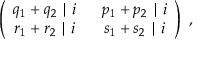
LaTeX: \left( \begin{array} { c c } { { q _ { 1 } + q _ { 2 } \mid i } } & { { ~ ~ p _ { 1 } + p _ { 2 } \mid i } } \\ { { r _ { 1 } + r _ { 2 } \mid i } } & { { ~ ~ s _ { 1 } + s _ { 2 } \mid i } } \end{array} \right) ~ ,